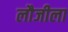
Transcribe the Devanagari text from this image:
लौजीला